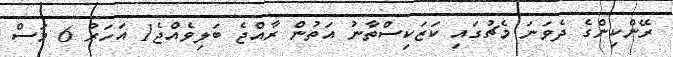
ރޭންކިންގެ ދެވަނަ މެޗުގައި ކަޒަކިސްތާނު އަތުން ރާއްޖެ ބަލިވެއްޖެ1 އަހަރު 6 މަސް